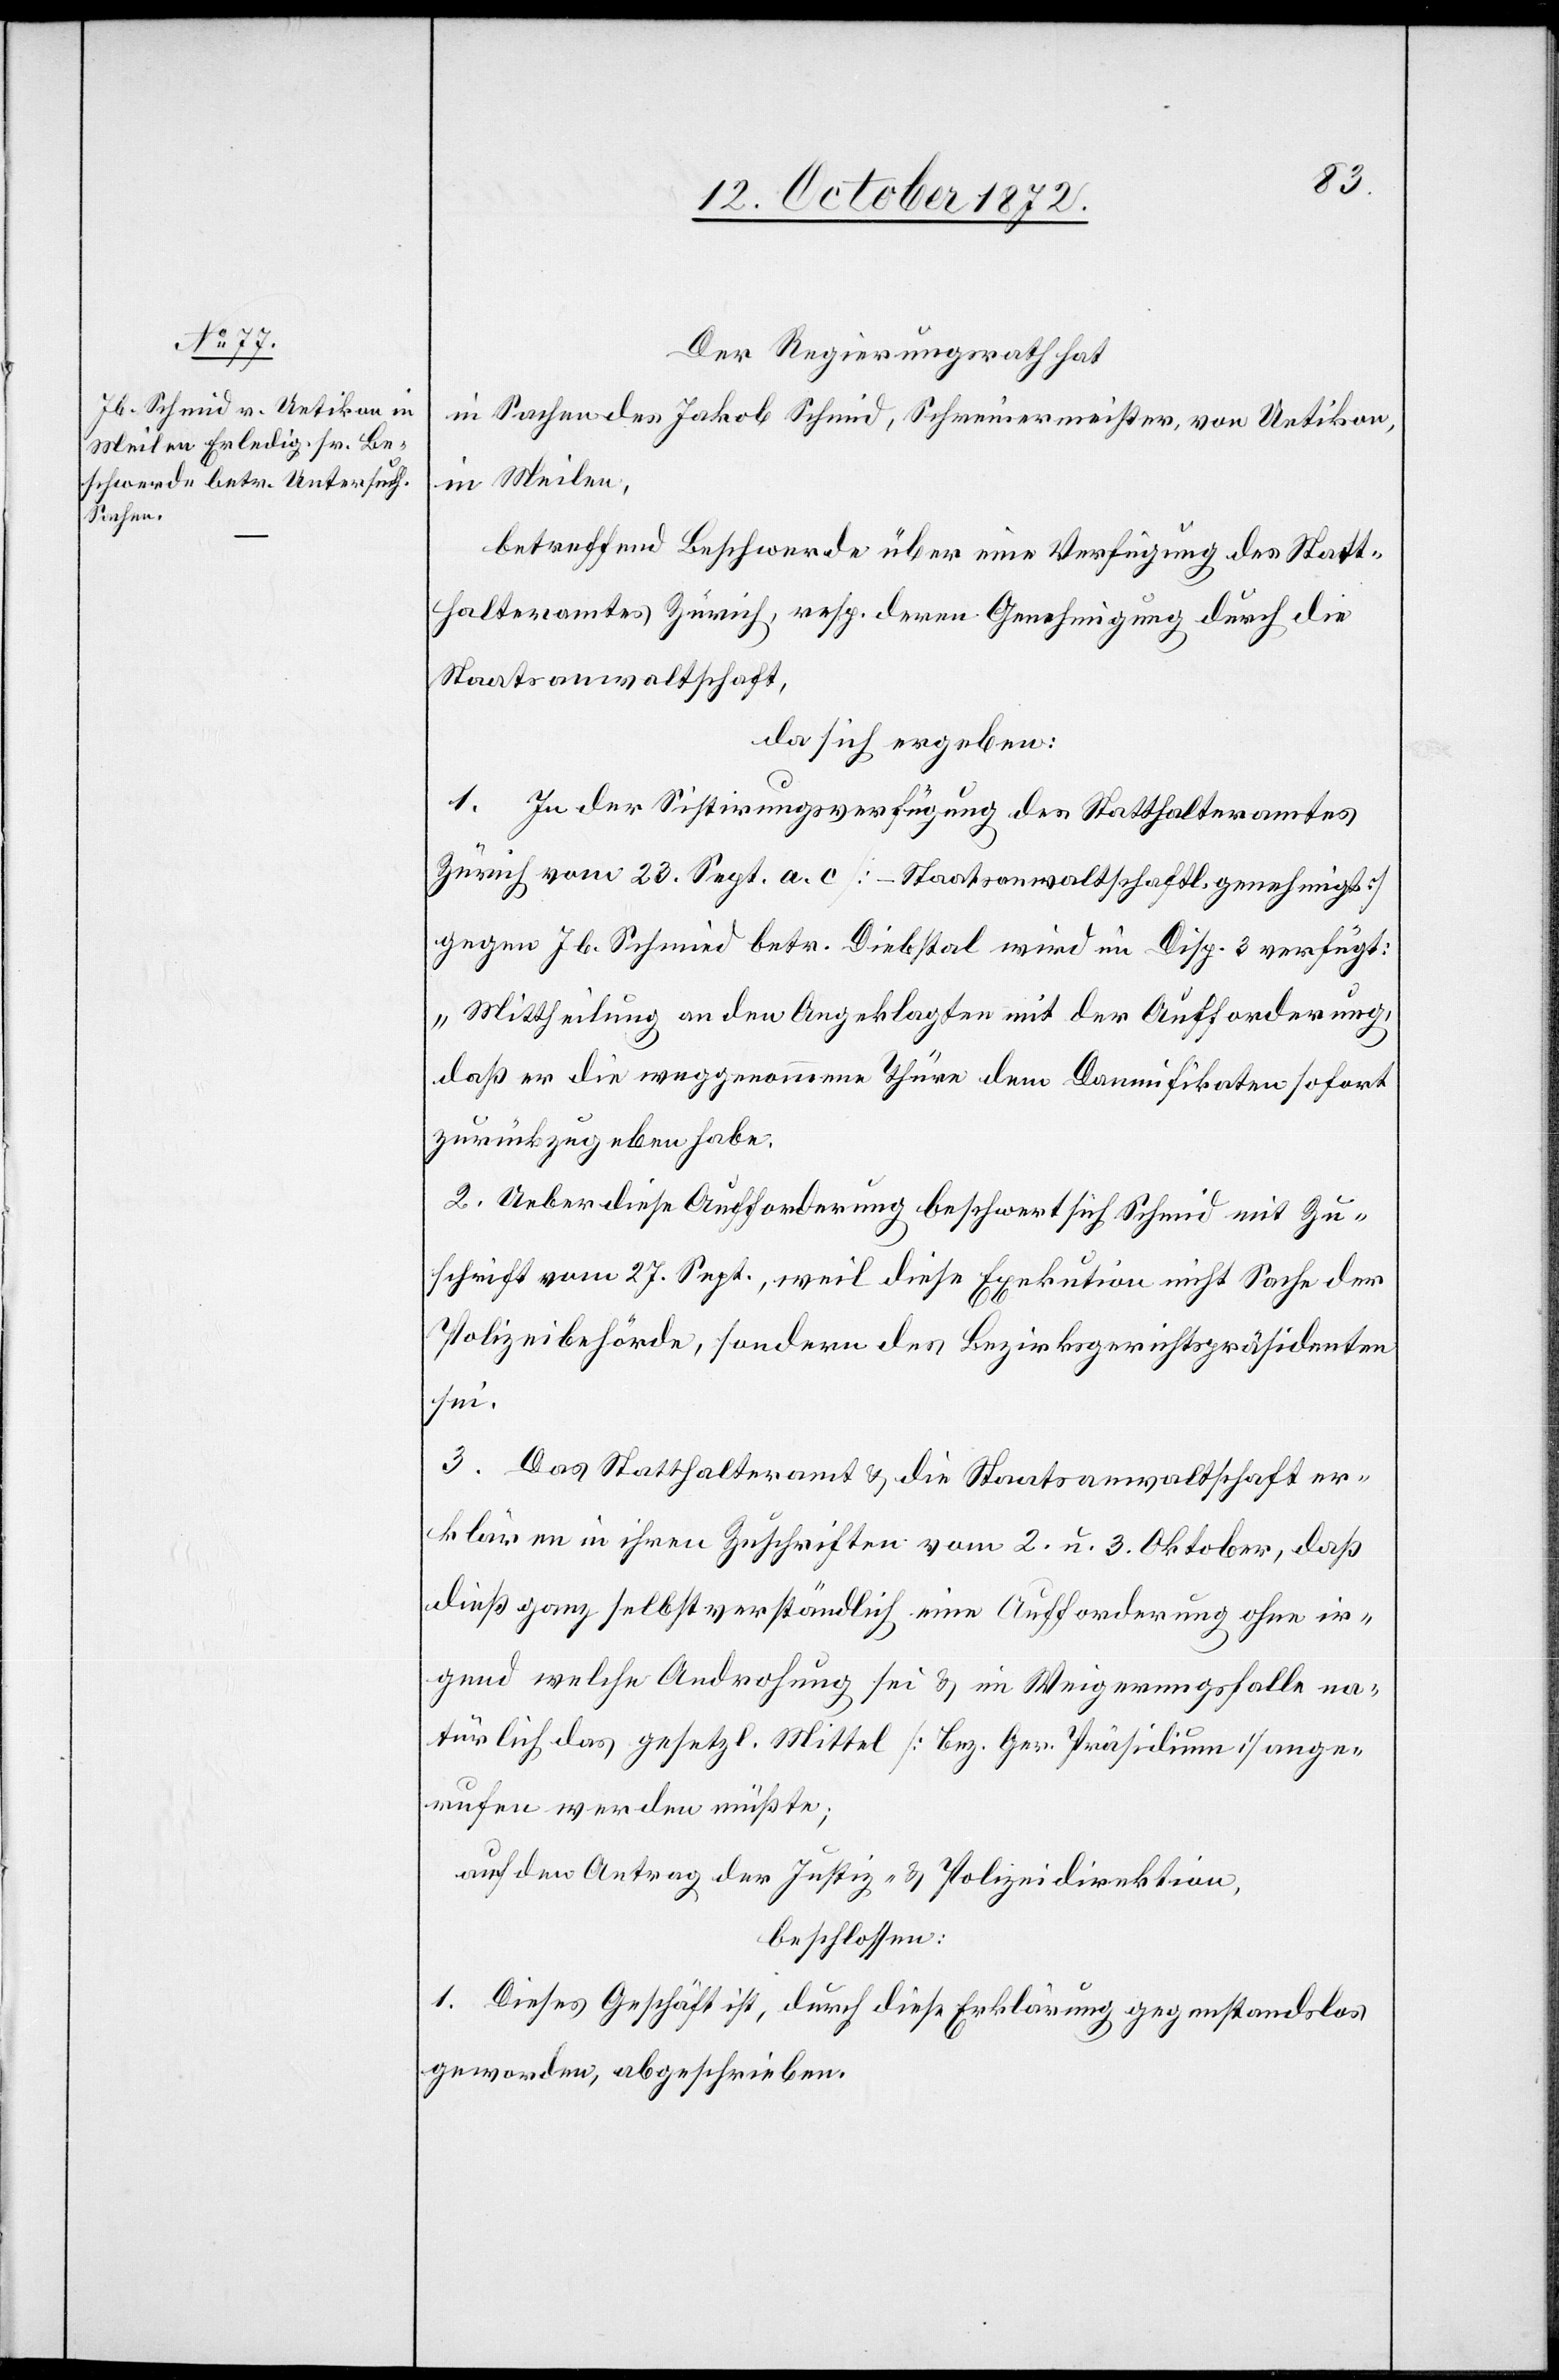
Der Regierungsrath hat
in Sachen des Jakob Schmid, Schreinermeister, von Uetikon,
in Meilen,
betreffend Beschwerde über eine Verfügung des Statt¬
halteramtes Zürich, resp. deren Genehmigung durch die
Staatsanwaltschaft,
da sich ergeben:
1. In der Sistirungsverfügung des Statthalteramtes
Zürich vom 23. Sept. a. c. [– Staatsanwaltschaftl. genehmigt]
gegen Jb. Schmid betr. Diebstal wird im Disp. 3 verfügt:
„Mittheilung an den Angeklagten mit der Aufforderung,
daß er die weggenommene Thüre dem Damnifikaten sofort
zurückzugeben habe.
2. Ueber diese Aufforderung beschwert sich Schmid mit Zu¬
schrift vom 27. Sept., weil diese Exekution nicht Sache der
Polizeibehörde, sondern des Bezirksgerichtspräsidenten
sei.
3. Das Statthalteramt u. die Staatsanwaltschaft er¬
klären in ihren Zuschriften vom 2. u. 3. Oktober, daß
dieß ganz selbstverständlich eine Aufforderung ohne ir¬
gend welche Androhung sei u. im Weigerungsfalle na¬
türlich das gesetzl. Mittel [Bez. Ger. Präsidium] ange¬
rufen werden müßte;
auf den Antrag der Justiz- u. Polizeidirektion,
beschlossen:
1. Dieses Geschäft ist, durch diese Erklärung gegenstandslos
geworden, abgeschrieben.